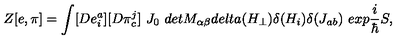
Z [ e , \pi ] = \int [ D e _ { i } ^ { a } ] [ D \pi _ { c } ^ { j } ] \ J _ { 0 } \ d e t M _ { \alpha \beta } d e l t a ( H _ { \perp } ) \delta ( H _ { i } ) \delta ( J _ { a b } ) \ e x p \frac { i } { \hbar } S ,